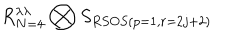
R _ { N = 4 } ^ { \lambda \lambda } \bigotimes S _ { R S O S ( p = 1 , r = 2 j + 2 ) }